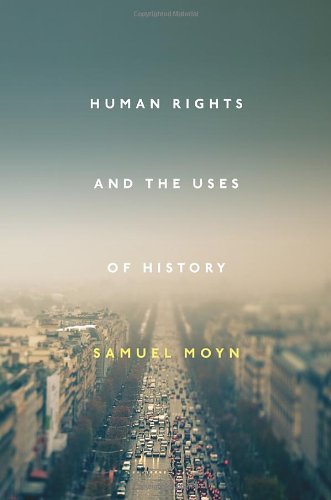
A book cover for Human Rights and the Uses of History; Samuel Moyn; Law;